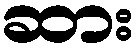
ဆား